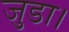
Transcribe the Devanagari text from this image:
जुडा।